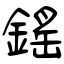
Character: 鎐